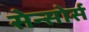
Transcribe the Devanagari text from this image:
सेन्सोर्स